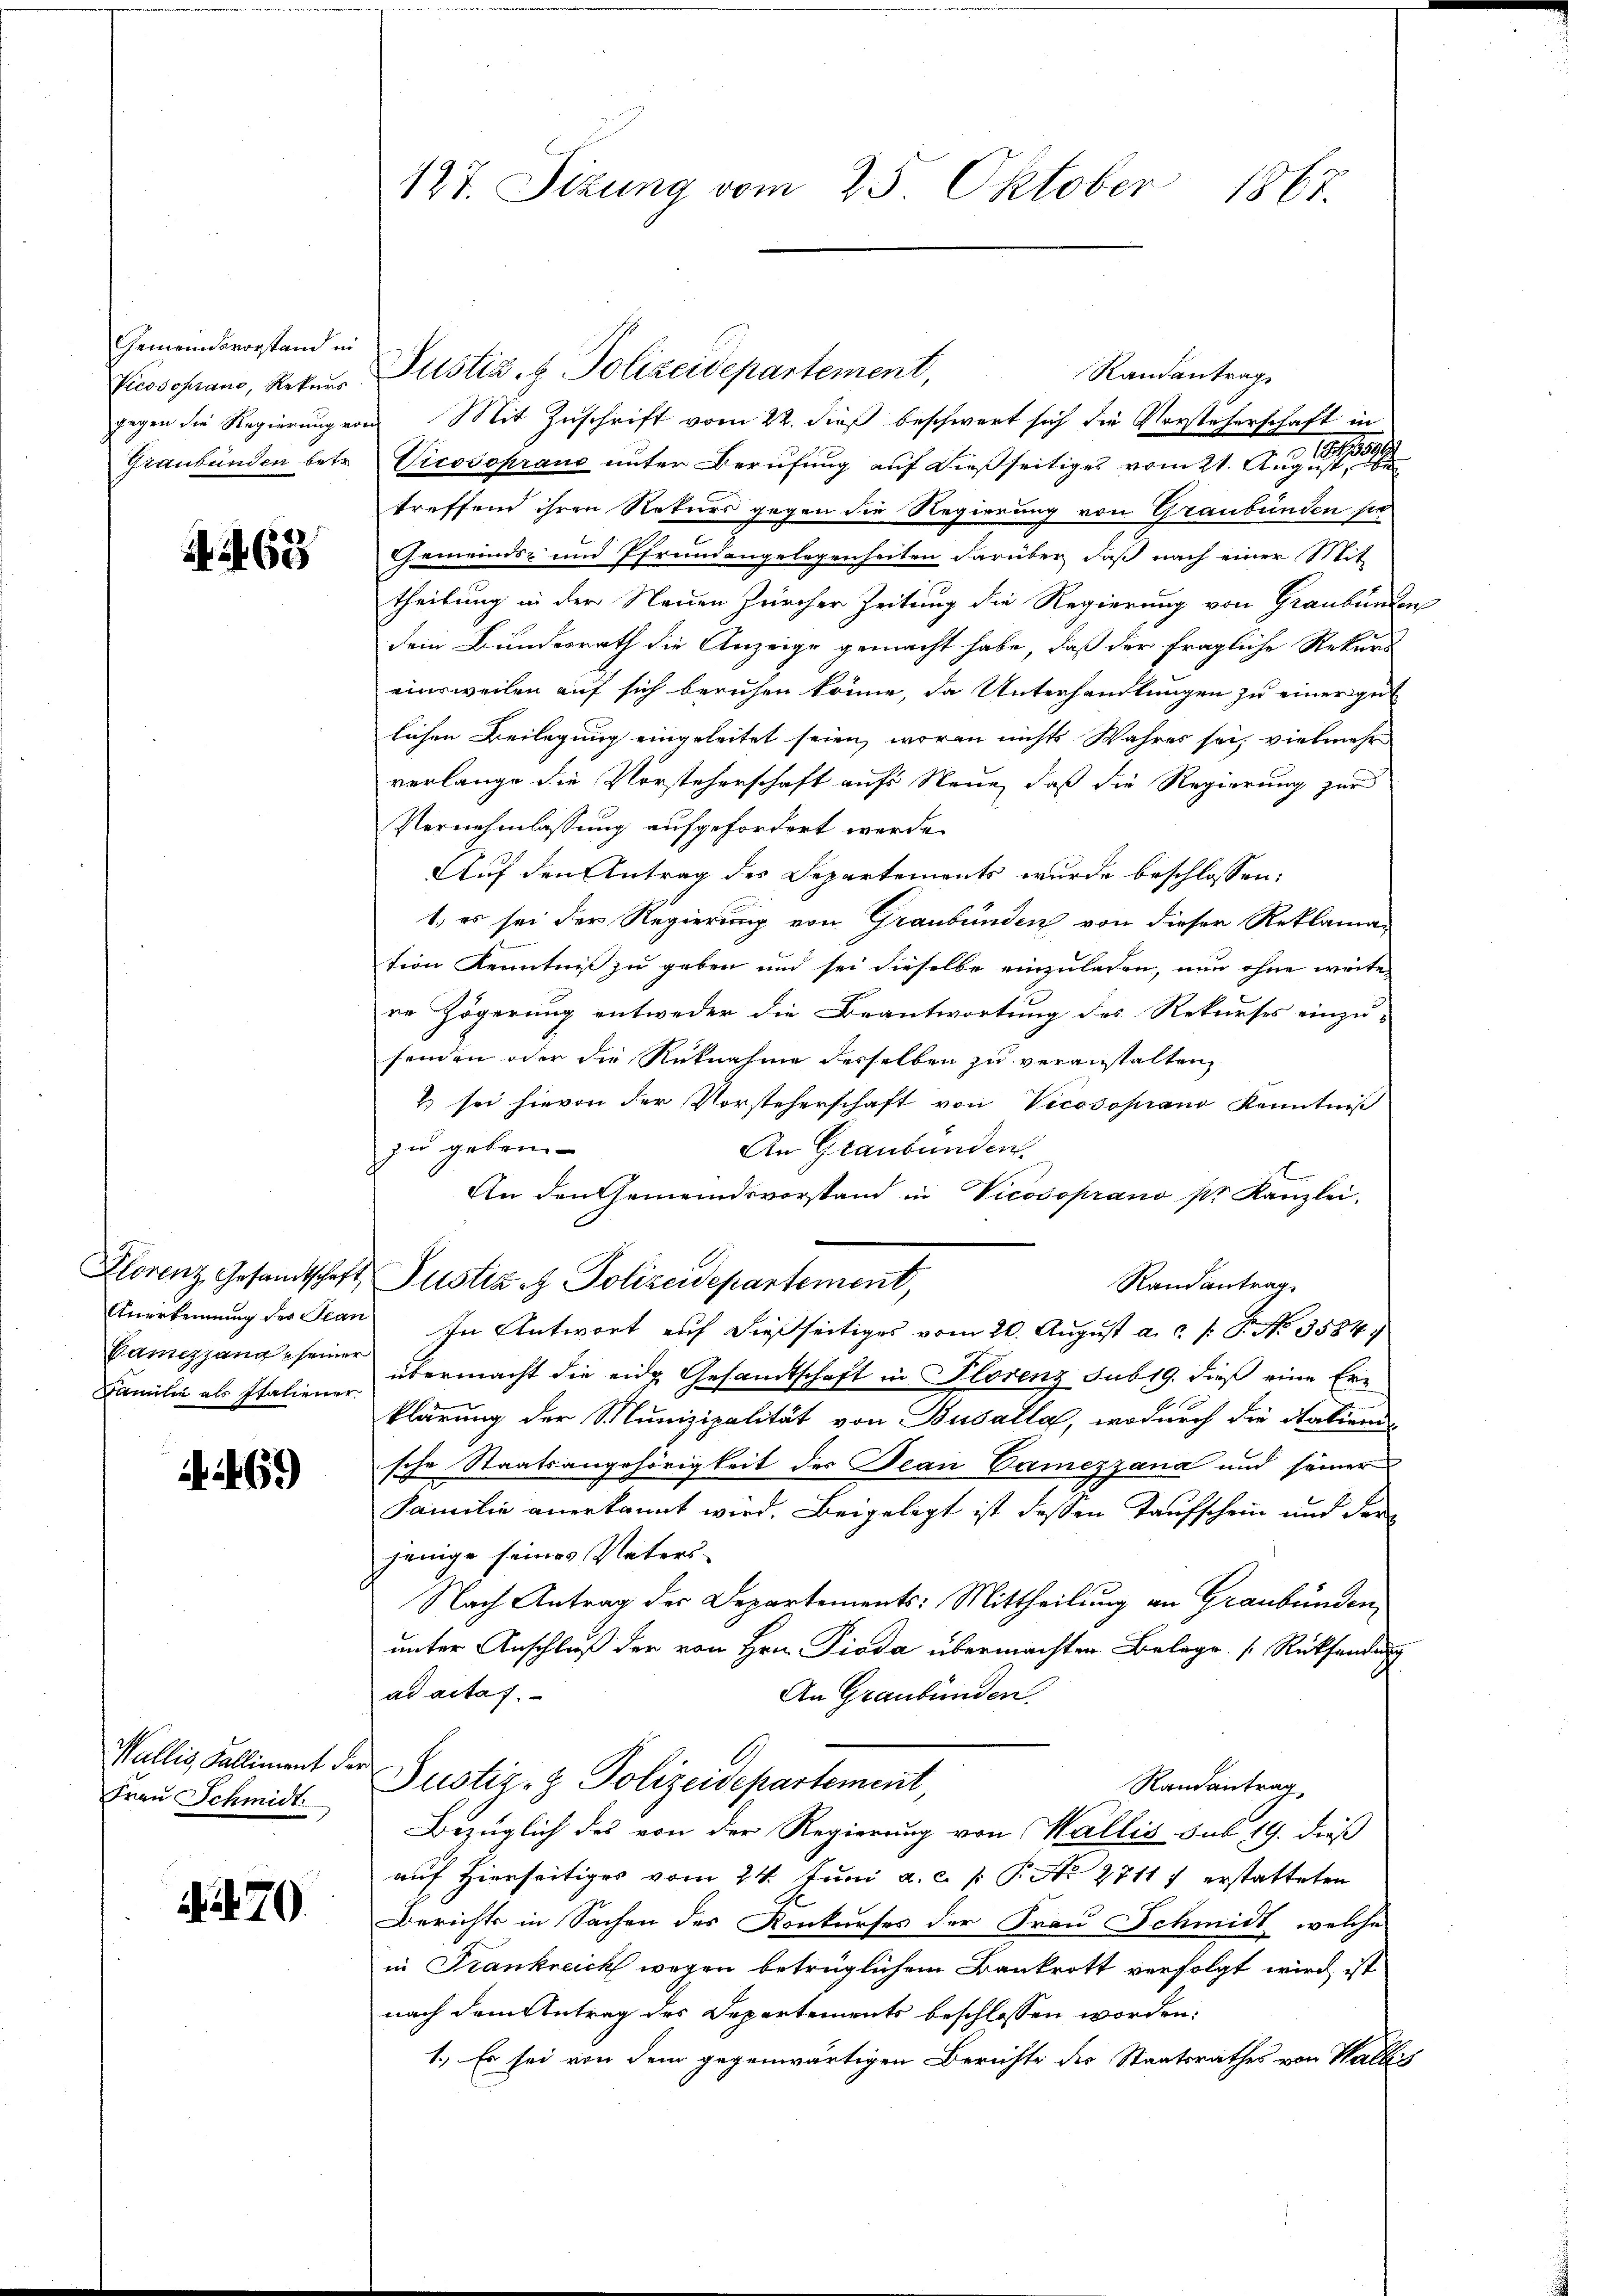
Gemeindsvorstand in
Vicosoprano, Rekurs
Graubünden betr.

A 269

Klorenz, Gesandtschaft
Anerkennung des Stan
Vemezgang seiner
Familie als Italiener

A 269

Wallis Falliment der
Frau Schmidt

N. 270.

127. Sizung vom 23. Oktober 1867.

gegen die Regierung von Mit Zuschrift vom 22. dieß beschwert sich die Vorsteherschaft in
Vicosopraus unter Berufung auf dießseitiges vom 21. Aug. 17399
treffend ihren Rekurs gegen die Regierung von Graubünden sie
.
Gemeinds- und Pfrundengelegenheiten darüber, daß nach einer Mit-
theilung in der Neuen Prircher Zeitung die Regierung von Graubünden
Dein Bundesrath die Anzeige gemacht habe, daß der fragliche Rekurs
einsweilen auf sich beruhen könne, da Unterhandlungen zu einer gut
lichen Beilegung eingeleitet seien, woran nichts Wahres sei, vielmehr
verlange die Vorsteherschaft aufs Neue, daß die Regierung zur
Vernehmlassung aufgefordert werde.
Auf den Antrag des Departements wurde beschlossen:
1. es sei der Regierung von Graubünden von dieser Reklaman
tion Kenntniß zu geben und sei dieselbe einzuladen, nun ohne weite
re Zögerung entweder die Beantwortung des Rekurses einzu-
senden oder die Rücknahme desselben zu veranstalten
2) sei hievon der Vorsteherschaft von Vicesopiano Kenntniß
zu geben.
An Graubünden.
E
An den Gemeindsvorstand in Vicosoprano pr. Kanzlei.
Justiz - Polizeidepartement,
Randantrag
In Antwort auf dießseitiges vom 20. August a. .. ..  P. No. 3584.
übermacht die eide Gesandtschaft in Florenz sub 19. dieß eine Erklärung der Munizipalität von Busalla, wodurch die Statien
sche Staatsangehörigkeit des Jean Camezzana und seiner
Familie anerkannt wird. Beigelegt ist dessen Taufschein und der
jenige seines Vaters-
Nach Antrag der Departements: Mittheilung an Graubünden,
unter Anschluß der von Hrn. Pioda übermachten Belege Rücksendung
ad actas.
An Graubünden.
Justiz- & Polizeidepartement,
Randantrag
Bezüglich des von der Regierung von Wallis sub 19. dieß
auf hierseitiges vom 24. Juni a. c. p. P. No 27117 erstatteten
Berichts in Sachen des Konkurses der Frau Schmidt, welche
in Frankreich wegen betrüglichem Bankrott verfolgt wird, ist
nach dem Antrag des Departements beschlossen worden.
1.) Es sei von dem gegenwärtigen Berichte des Staatsrathes von Wallis

Justiz- & Polizeidepartement,

Randantrag